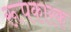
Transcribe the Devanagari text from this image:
रूपकारक